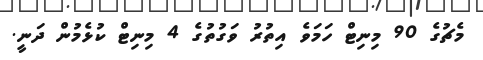
މެޗުގެ 90 މިނިޓް ހަމަވެ އިތުރު ވަގުތުގެ 4 މިނިޓް ކުޅެމުން ދަނީ.